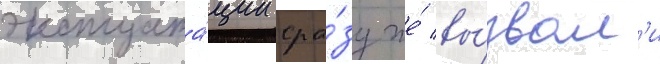
эксплуата́ции сра́зу же́ вы́звал'и